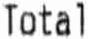
TOTAL